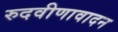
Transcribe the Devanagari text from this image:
रुदवीणावादन